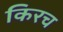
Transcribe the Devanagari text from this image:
किरच